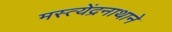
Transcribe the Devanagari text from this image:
मस्त्येंद्रनाथाने